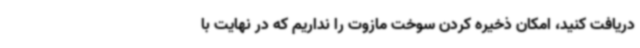
دریافت کنید، امکان ذخیره کردن سوخت مازوت را نداریم که در نهایت با